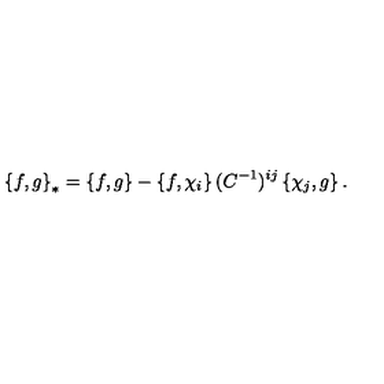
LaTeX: \left\{ f , g \right\} _ { * } = \left\{ f , g \right\} - \left\{ f , \chi _ { i } \right\} ( C ^ { - 1 } ) ^ { i j } \left\{ \chi _ { j } , g \right\} .